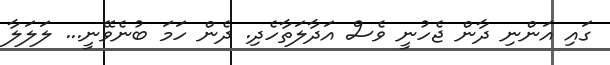
ގައި އަންނި ދާން ޖެހުނީ ވެސް އަދާލަތާހެދި. ދެން ހަމަ ބުނެވޭނީ... ލަލަލާ